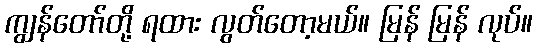
ကျွန်တော်တို့ ရထား လွတ်တော့မယ်။ မြန် မြန် လုပ်။